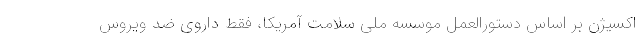
اکسیژن بر اساس دستورالعمل موسسه ملی سلامت آمریکا، فقط داروی ضد ویروس